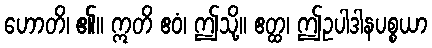
ဟောတိ၊ ၏။ ဣတိ ဧဝံ၊ ဤသို့။ ဧတ္ထ၊ ဤဥပါဒါနပစ္စယာ